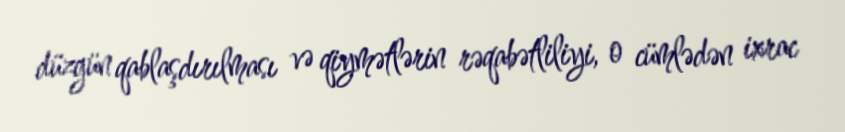
düzgün qablaşdırılması və qiymətlərin rəqabətliliyi, o cümlədən ixrac